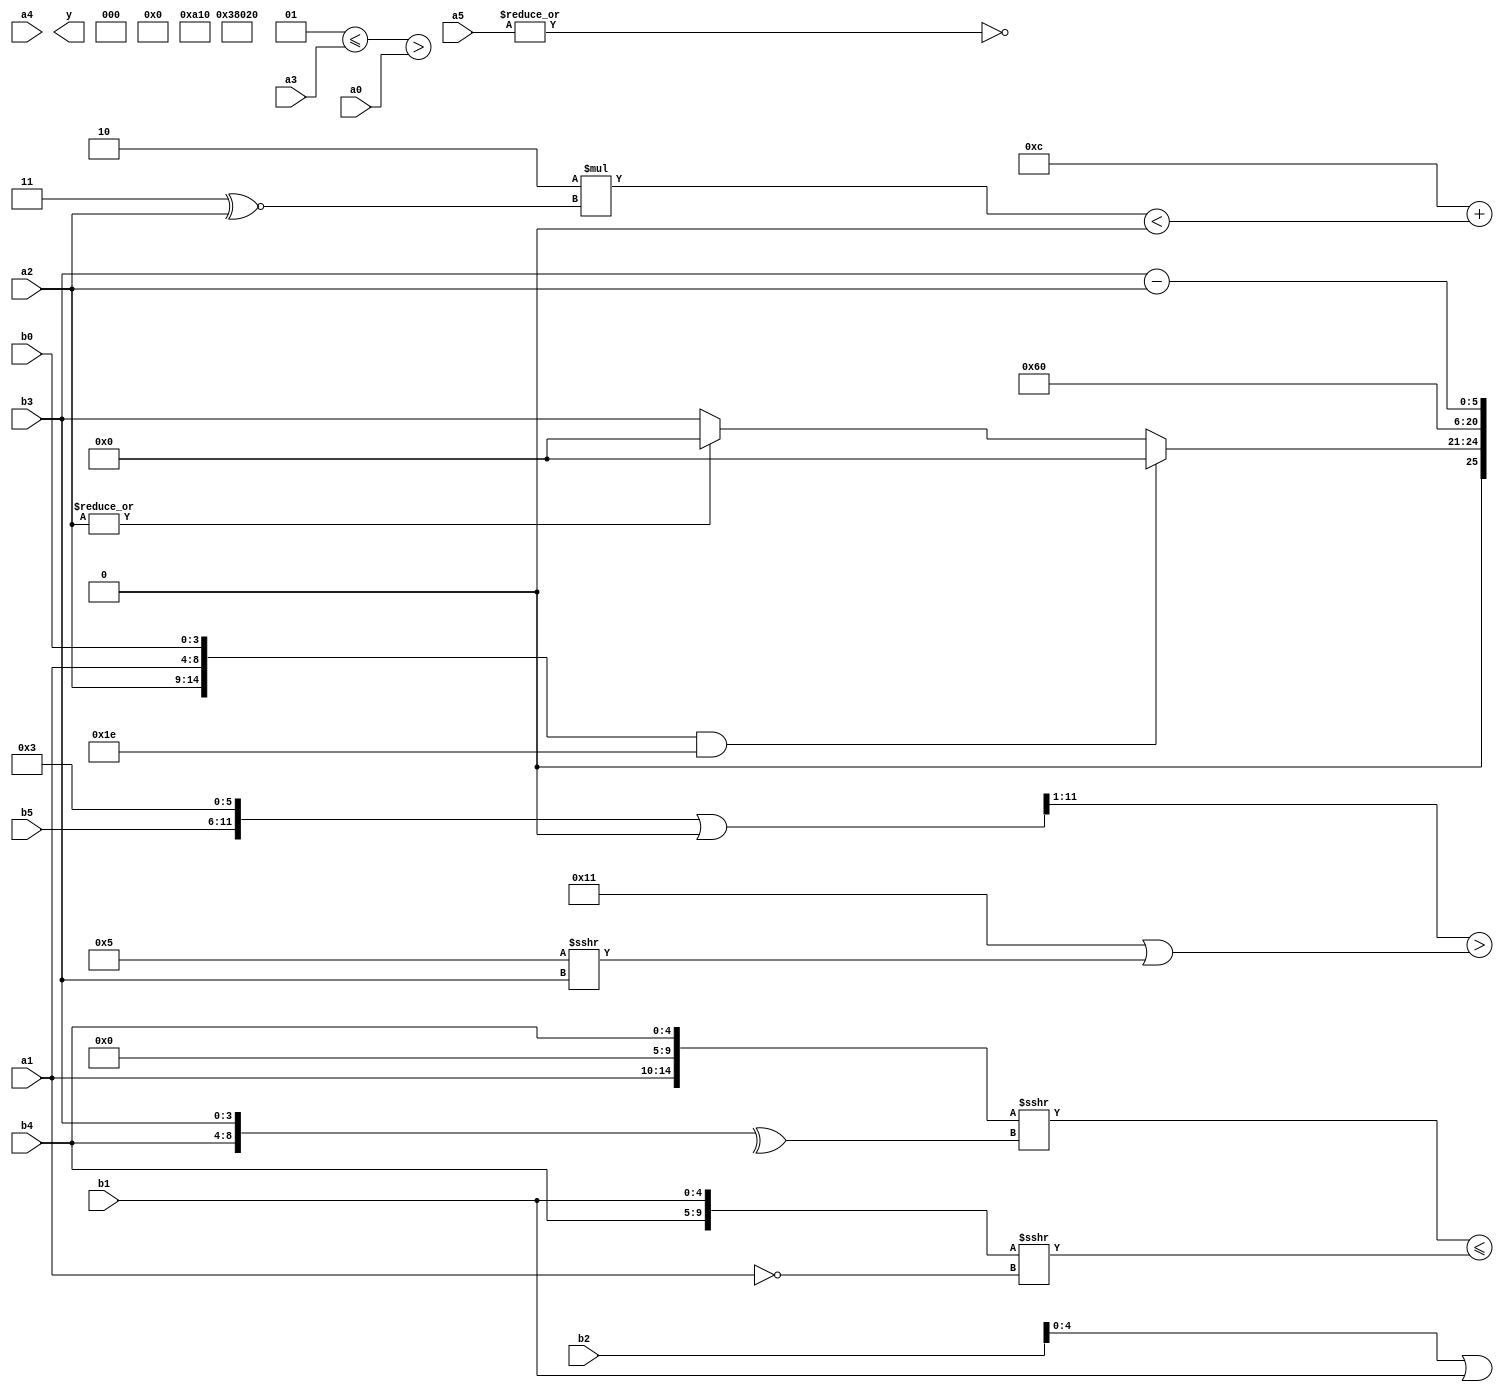
module expression_00928(a0, a1, a2, a3, a4, a5, b0, b1, b2, b3, b4, b5, y);
  input [3:0] a0;
  input [4:0] a1;
  input [5:0] a2;
  input signed [3:0] a3;
  input signed [4:0] a4;
  input signed [5:0] a5;

  input [3:0] b0;
  input [4:0] b1;
  input [5:0] b2;
  input signed [3:0] b3;
  input signed [4:0] b4;
  input signed [5:0] b5;

  wire [3:0] y0;
  wire [4:0] y1;
  wire [5:0] y2;
  wire signed [3:0] y3;
  wire signed [4:0] y4;
  wire signed [5:0] y5;
  wire [3:0] y6;
  wire [4:0] y7;
  wire [5:0] y8;
  wire signed [3:0] y9;
  wire signed [4:0] y10;
  wire signed [5:0] y11;
  wire [3:0] y12;
  wire [4:0] y13;
  wire [5:0] y14;
  wire signed [3:0] y15;
  wire signed [4:0] y16;
  wire signed [5:0] y17;

  output [89:0] y;
  assign y = {y0,y1,y2,y3,y4,y5,y6,y7,y8,y9,y10,y11,y12,y13,y14,y15,y16,y17};

  localparam [3:0] p0 = (~&(4'sd7));
  localparam [4:0] p1 = {1{((5'd11)?(3'sd0):(-4'sd4))}};
  localparam [5:0] p2 = (2'd3);
  localparam signed [3:0] p3 = ((4'sd2)&(5'd23));
  localparam signed [4:0] p4 = {3{(((-5'sd12)^(2'sd1))&(-2'sd0))}};
  localparam signed [5:0] p5 = (4'd14);
  localparam [3:0] p6 = {3{((4'd13)-(-2'sd0))}};
  localparam [4:0] p7 = ({1{({2{(3'd5)}}!=((5'd23)?(-4'sd6):(-4'sd3)))}}>>{{(-4'sd3),(2'd1)},((3'sd1)?(4'sd1):(4'sd7))});
  localparam [5:0] p8 = ((5'd25)?(5'sd15):(-2'sd1));
  localparam signed [3:0] p9 = ((5'd31)^~(-5'sd5));
  localparam signed [4:0] p10 = (((5'd16)+(|(3'sd0)))===(3'sd1));
  localparam signed [5:0] p11 = ((((3'd5)?(4'd14):(5'd24))?{(3'sd2),(-5'sd11)}:((-4'sd3)<(3'sd3)))!=({(-2'sd0),(4'd15)}?((4'sd0)?(2'sd1):(3'd1)):{(3'sd3),(3'd1),(2'sd1)}));
  localparam [3:0] p12 = (-(~|(-4'sd7)));
  localparam [4:0] p13 = ((((4'sd3)?(4'd0):(4'd10))<<((~(5'sd14))>>((2'd3)<(3'd2))))<<(((4'sd2)!==(5'd23))?(^((3'd5)?(-5'sd1):(3'sd1))):((5'd27)<=(5'd12))));
  localparam [5:0] p14 = (((2'd2)?(-3'sd0):(3'sd2))>=((^(4'd9))&((5'd21)?(3'd0):(3'd4))));
  localparam signed [3:0] p15 = ((2'sd1)>(3'sd3));
  localparam signed [4:0] p16 = (((4'd2)?(2'sd1):(5'sd11))?((-5'sd8)?(4'sd6):(-3'sd0)):((3'd7)?(5'd11):(4'd9)));
  localparam signed [5:0] p17 = (-5'sd15);

  assign y0 = (((-4'sd4))+((5'd2 * $unsigned((p2^~a2)))<{2{(p10)}}));
  assign y1 = (4'sd5);
  assign y2 = (2'd2);
  assign y3 = (|{4{{1{(~|a5)}}}});
  assign y4 = ({(2'sd0)});
  assign y5 = ((p11<=a3)>(a0));
  assign y6 = (({a1,p4,b4}>>>(^{b4,b3}))<=(+({b4,b1}>>>(~a1))));
  assign y7 = (b2|b1);
  assign y8 = {(p17>p16),(p8?p5:p0),{p7,p17,p5}};
  assign y9 = (p7>p13);
  assign y10 = ((~&p10)||(&b4));
  assign y11 = ((({p15,b5,p2}|{p1})>>>({p5}||(p1>>p6)))>{((5'd17)||((4'sd5)>>>{b3}))});
  assign y12 = (((p1%p13)%a1)+((b1!==b0)<<<(p6<=p5)));
  assign y13 = (({a2,a1,b0}&&(-5'sd2))?{(~&a1),(a5<p8),$signed(p10)}:((|a2)?(5'd0):(p2?b3:a4)));
  assign y14 = (p17?p1:p12);
  assign y15 = ((p1?p17:p6)?$signed(p2):(p16&&p13));
  assign y16 = (-5'sd0);
  assign y17 = {(a1<=a4),{(b3-a2)}};
endmodule